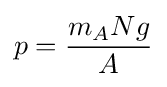
p={\frac {m_{A}Ng}{A}}